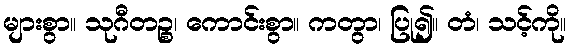
များစွာ။ သုဂီတဉ္စ၊ ကောင်းစွာ။ ကတွာ၊ ပြု၍။ တံ၊ သင့်ကို။